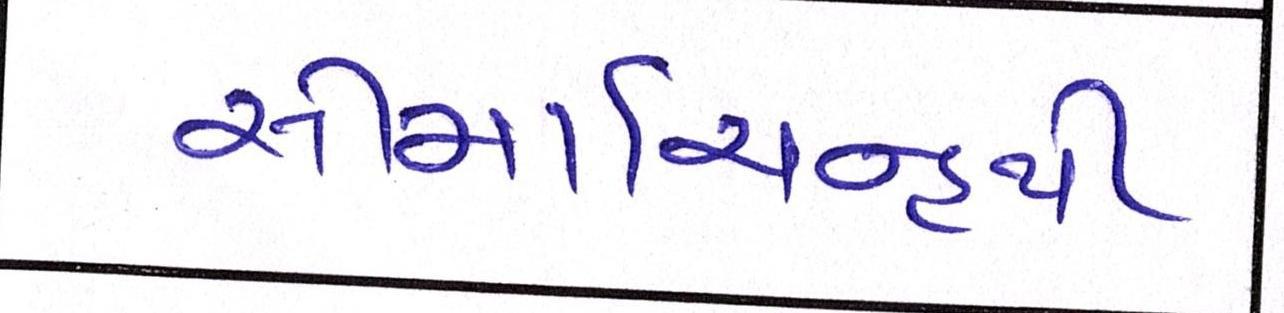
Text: સીમાચિન્હથી